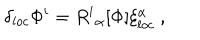
\delta _ { l o c } \Phi ^ { i } = R ^ { i } { } _ { \alpha } [ \Phi ] \xi _ { l o c } ^ { \alpha } \ ,